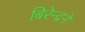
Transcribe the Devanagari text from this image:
बिरेन्द्रने